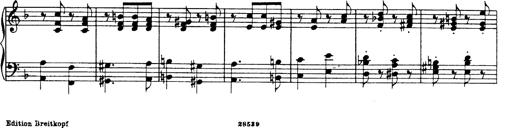
Title: Hungarian Rhapsody No.19
Composer: Franz Liszt
Key: D minor